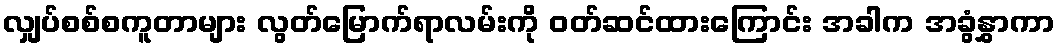
လျှပ်စစ်စကူတာများ လွတ်မြောက်ရာလမ်းကို ၀တ်ဆင်ထားကြောင်း အခါက အခွံနွှာကာ